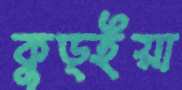
কুড্ইয়া